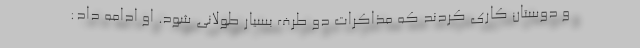
و دوستان کاری کردند که مذاکرات دو طرف بسیار طولانی شود. او ادامه داد: